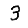
Digit: 3